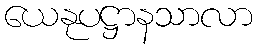
ယေနုပဋ္ဌာနသာလာ